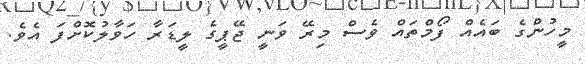
މީހުންގެ ބައެއް ފޯމްތައް ވެސް މިރޭ ވަނީ ޖޭޕީގެ ލީޑަރާ ހަވާލުކޮށްފަ އެވެ.